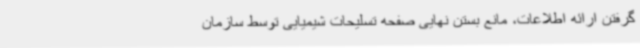
گرفتن ارائه اطلاعات، مانع بستن نهایی صفحه تسلیحات شیمیایی توسط سازمان